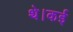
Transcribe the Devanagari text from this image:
थे।कई